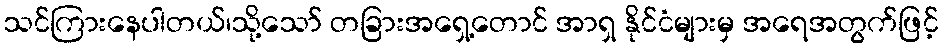
သင်ကြားနေပါတယ်၊သို့သော် တခြားအရှေ့တောင် အာရှ နိုင်ငံများမှ အရေအတွက်ဖြင့်